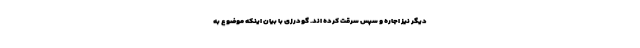
دیگر نیز اجاره و سپس سرقت کرده اند. گودرزی با بیان اینکه موضوع به